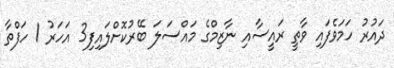
ދައުރު ހަމަވެފައި ވާތީ ރައީސާއި ނާޒިމްގެ މައްސަލަ ބޭރުކޮށްލައިފި3 އަހަރު 1 ހަފްތާ